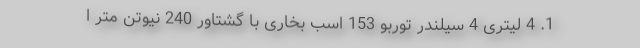
1. 4 لیتری 4 سیلندر توربو 153 اسب بخاری با گشتاور 240 نیوتن متر ا